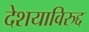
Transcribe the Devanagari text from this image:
देशयाविरुद्द